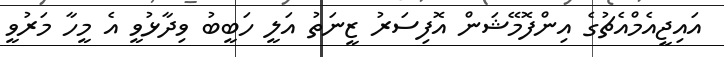
އައިޖީއެމްއެޗުގެ އިންފޮމޭޝަން އޮފިސަރު ޒީނަތު އަލީ ހަބީބު ވިދާޅުވީ އެ މީހާ މަރުވީ